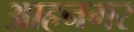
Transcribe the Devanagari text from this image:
आहनगर